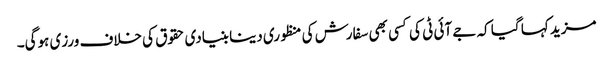
مزید کہا گیا کہ جے آئی ٹی کی کسی بھی سفارش کی منظوری دینا بنیادی حقوق کی خلاف ورزی ہوگی۔